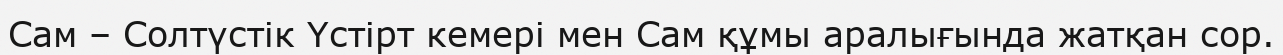
Сам – Солтүстік Үстірт кемері мен Сам құмы аралығында жатқан сор.